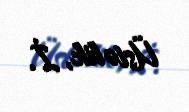
Üstəlik, İ.